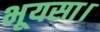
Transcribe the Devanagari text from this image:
भूयसा।